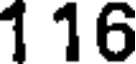
1 16